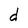
Character: d